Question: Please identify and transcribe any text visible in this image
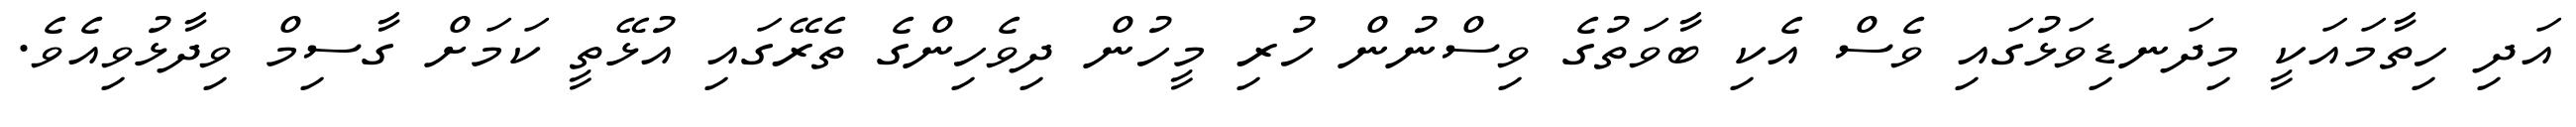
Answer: އަދި ހިތާމައަކީ މިދަނޑިވަޅުގައި ވެސް އެކި ބާވަތުގެ ވިސްނުން ހުރި މީހުން ދިވެހިންގެ ތެރޭގައި އުޅޭތީ ކަމަށް ގާސިމް ވިދާޅުވިއެވެ.